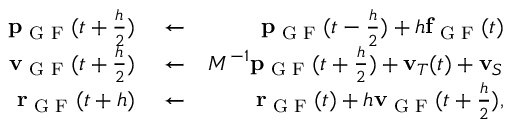
\begin{array} { r l r } { { \bf p } _ { \textrm { G F } } ( t + \frac { h } { 2 } ) } & { { } \leftarrow } & { { \bf p } _ { \textrm { G F } } ( t - \frac { h } { 2 } ) + h { \bf f } _ { \textrm { G F } } ( t ) } \\ { { \bf v } _ { \textrm { G F } } ( t + \frac { h } { 2 } ) } & { { } \leftarrow } & { M ^ { - 1 } { \bf p } _ { \textrm { G F } } ( t + \frac { h } { 2 } ) + { \bf v } _ { T } ( t ) + { \bf v } _ { S } } \\ { { \bf r } _ { \textrm { G F } } ( t + h ) } & { { } \leftarrow } & { { \bf r } _ { \textrm { G F } } ( t ) + h { \bf v } _ { \textrm { G F } } ( t + \frac { h } { 2 } ) , } \end{array}